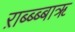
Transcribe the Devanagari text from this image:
ऱाब्ब्ब्बाॠ